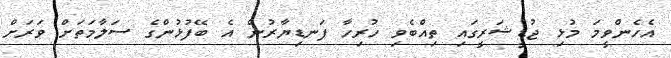
އެހެންވީމަ މުޅި ޖުޑީޝަރީގައި ތިއްބެވި ހުރިހާ ފަނޑިޔާރުން އެ ބޭފުޅުންގެ ސަލާމަތަށް ވަރަށް